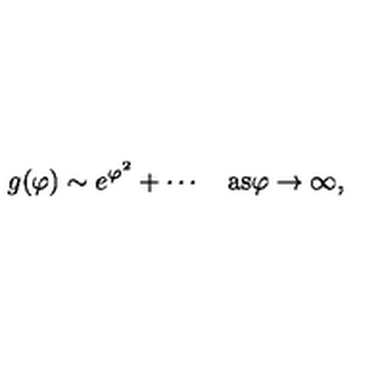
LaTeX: g ( \varphi ) \sim e ^ { \varphi ^ { 2 } } + \cdots \quad \mathrm { a s \varphi \to \infty , }